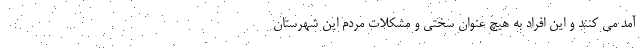
آمد می کنند و این افراد به هیچ عنوان سختی و مشکلات مردم این شهرستان